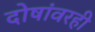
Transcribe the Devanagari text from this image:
दोषांवरही